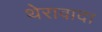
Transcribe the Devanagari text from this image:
थेरावादा